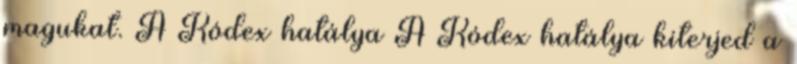
magukat. A Kódex hatálya A Kódex hatálya kiterjed a